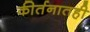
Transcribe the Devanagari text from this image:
कीर्तनातही